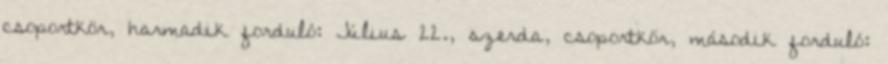
csoportkör, harmadik forduló: Július 22., szerda, csoportkör, második forduló: